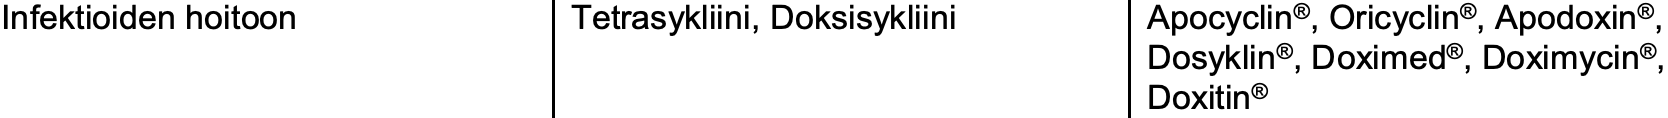
Infektioidenhoitoon Tetrasykliini, Doksisykliini Apocyclin®, Oricyclin®, Apodoxin®, Dosyklin®, Doximed®, Doximycin®, Doxitin®